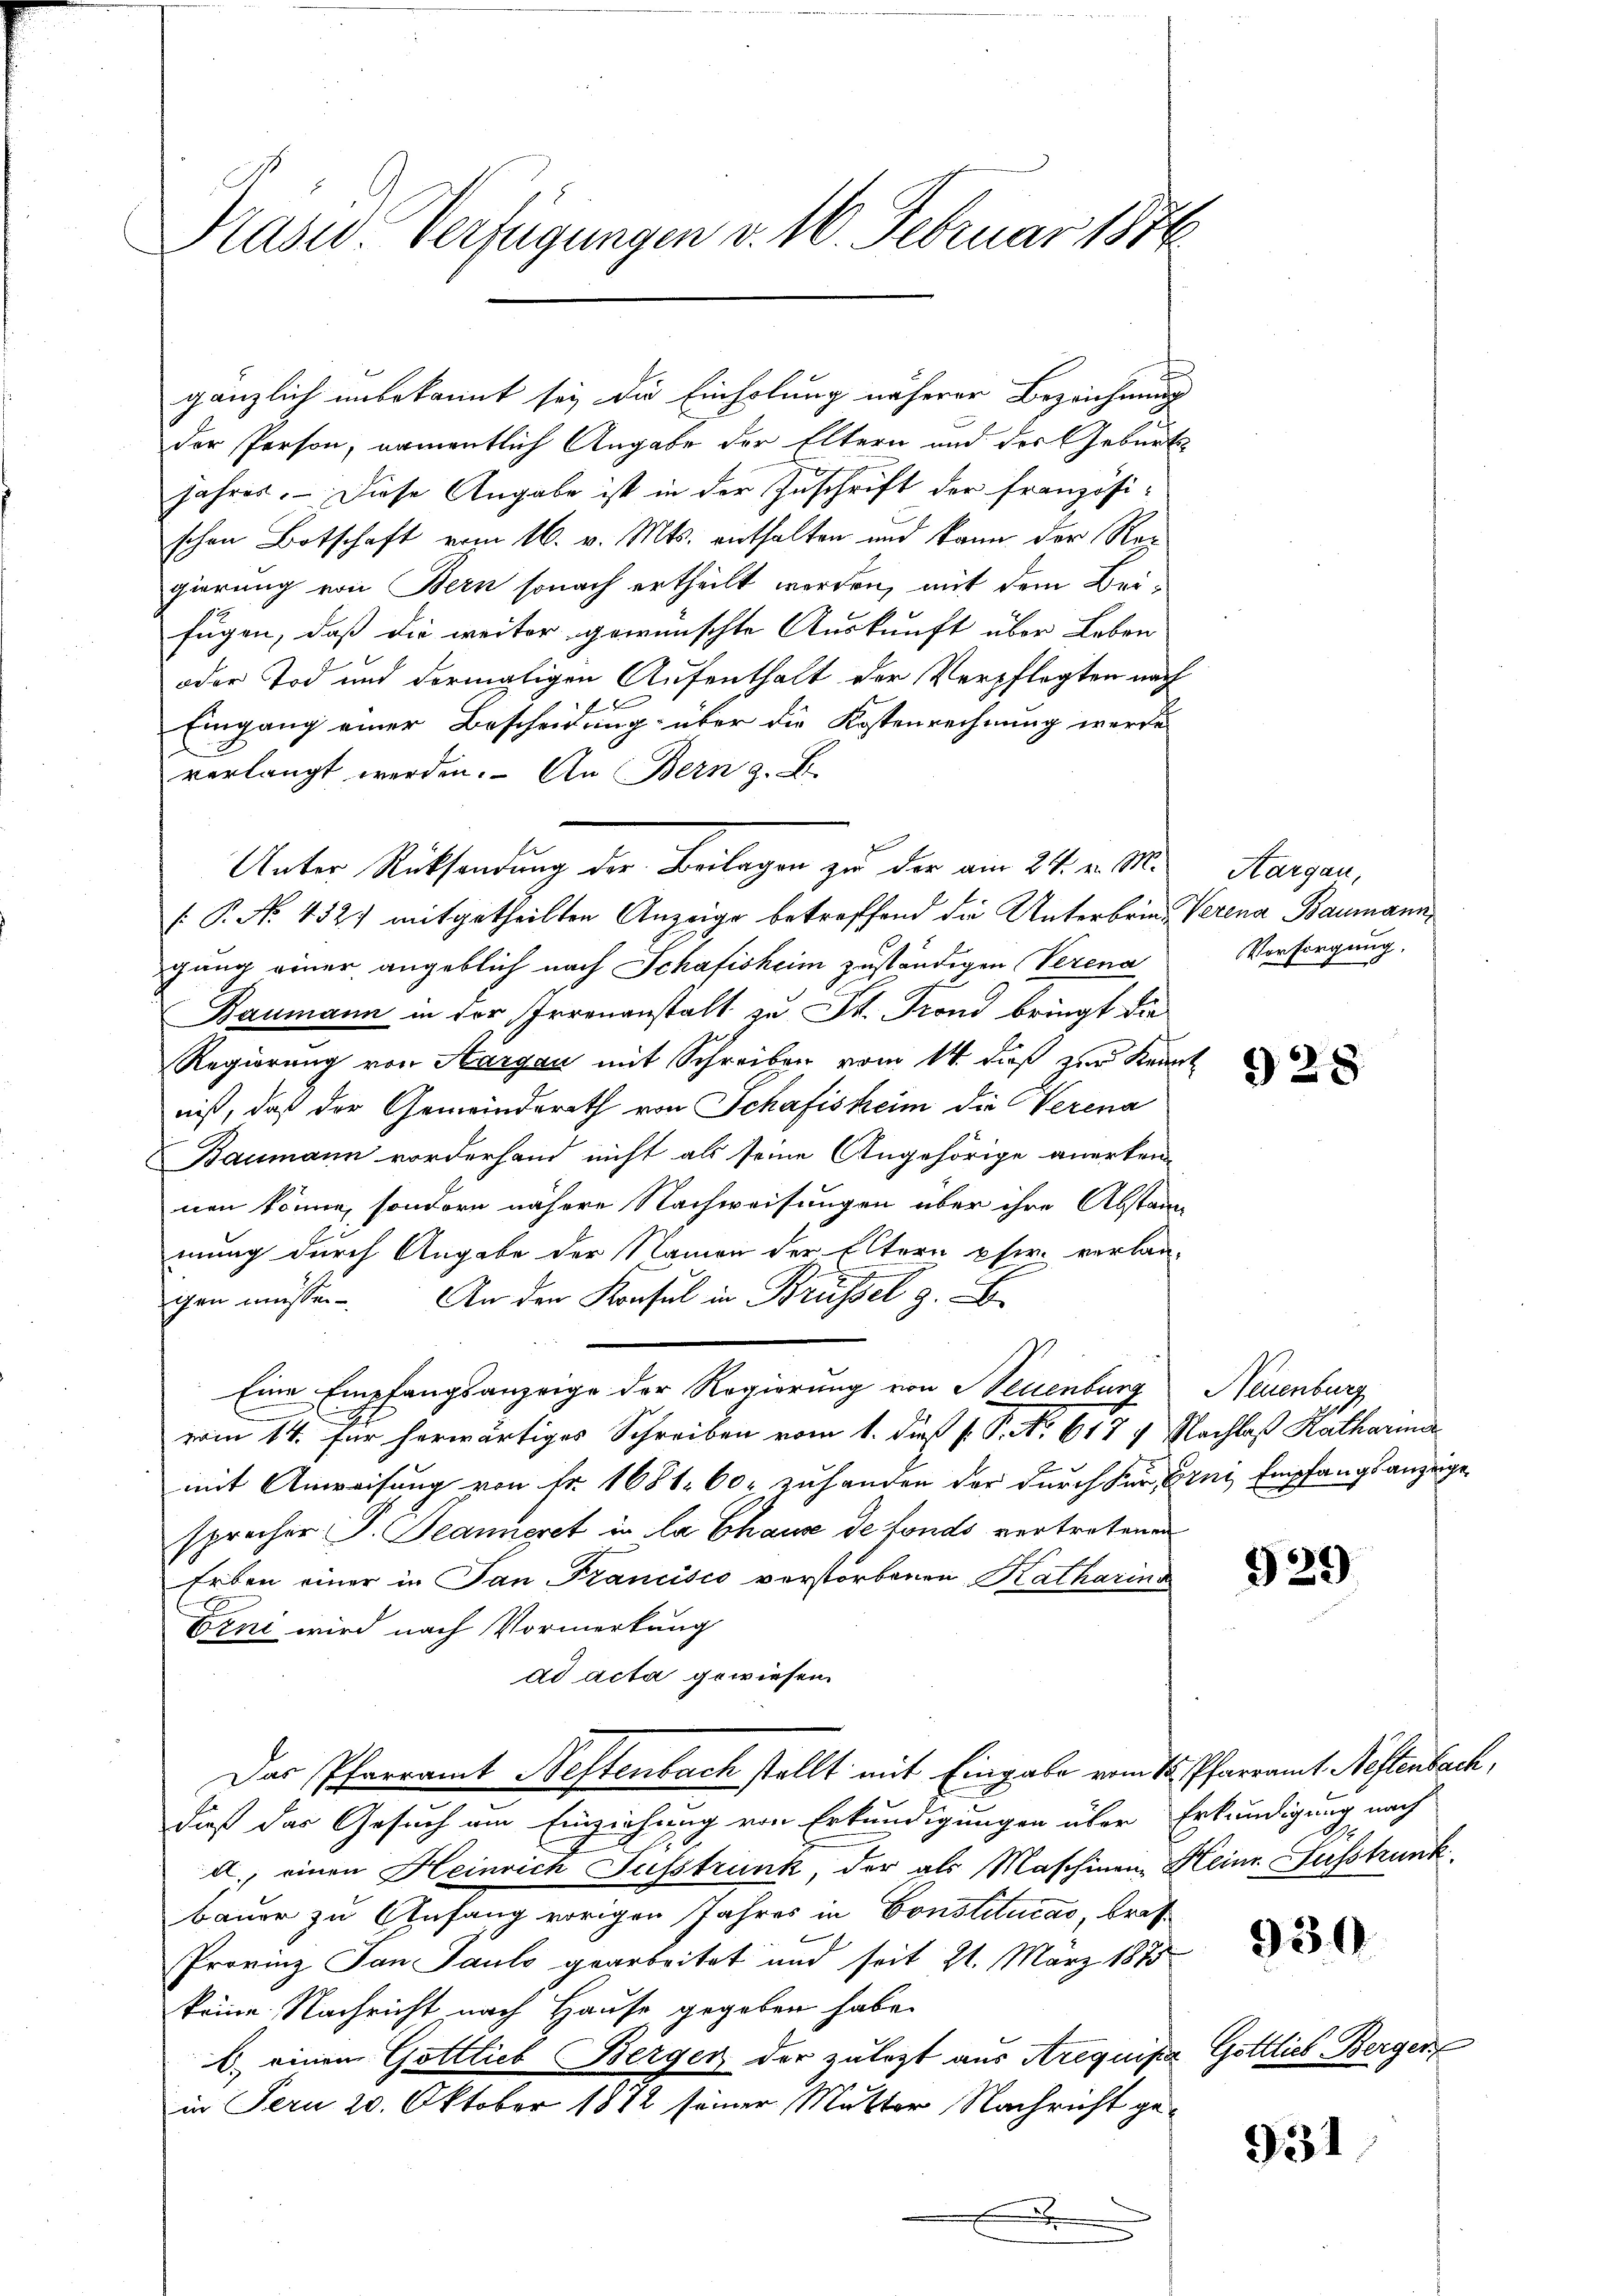
Präsid. Verfügungen v. 16. Februar 1876.

gänzlich unbekannt sei die Einholung näherer Bezeichnung
der Person, namentlich Angabe der Eltern und der Geburts
jahres. — Diese Angabe ist in der Zuschrift der französischen Botschaft vom 16. v. Mts. enthalten und kann der Regierung von Bern sonach ertheilt werden, mit dem Beifügen, daß die weiter gewünschte Auskunft über Leben
oder Tod und dermaligen Aufenthalt der Verpflegten nach
f 8
Eingang einer Bescheidung über die Kostenrechnung werde
verlangt werden. An Bern z. B.
: P. N. 432) mitgetheilten Anzeige betreffend die Unterbrin- Verena Baumann,
gung einer angeblich nach Schafisheim zuständigen Verena
Baumann in der Irrenanstalt zu Dr. Frond bringt die
Regierung von Aargau mit Schreiben vom 14. dieß zur Krant
nis, daß der Gemeinderath von Schafisheim die Verena
Baumann vorderhand nicht als seine Angehörige anerken-
nen könne, sondern nähere Nachweisungen über ihre Abstanz
mung durch Angabe der Namen der Eltern pfer verlangen müsse. An den Konsul in Brüssel z. B.
Eine Empfangsanzeige der Regierung von Neuenburg, Neuenburg
vom 14. Für herwärtiges Schreiben vom 1. dieß P. P. No. 617 4 Nachlaß Katharia
mit Anweisung von Fr. 1681. 60. zuhanden der durch für Erni Empfangsanzeige
sprecher P. Jeanneret in la Chause de fonds vertretenen
Erben einer in Pan Krancisis verstorbenen Ratharina
Erni wird nach Vormerkung
ad acta gewiesen.
Das Pfarramt Nestenbach stellt mit Eingabe vom 15. Pfarramt Neftenbach,
dieß das Gesuch am Einziehung von Erkundigungen über Erkundigung nach
a., einen Heinrich Fusstrunk, der als Maschinen Heinr. Fusstrank
bauer zu Anfang vorigen Jahres in Constitucas, bras¬
Provinz San Pauls gearbeitet und seit 21. März 1875
keine Nachricht nach Hause gegeben habe.
b. einen Gottlieb Berger der zuletzt aus Arequipia Göttlieb Berger
in Fern 20. Oktober 1872 seiner Mutter Nachricht gee
.

Unter Rücksendung der Beilagen zu der am 24. v. M.

Aargau,
Vorsorgung.

928

929

930

931